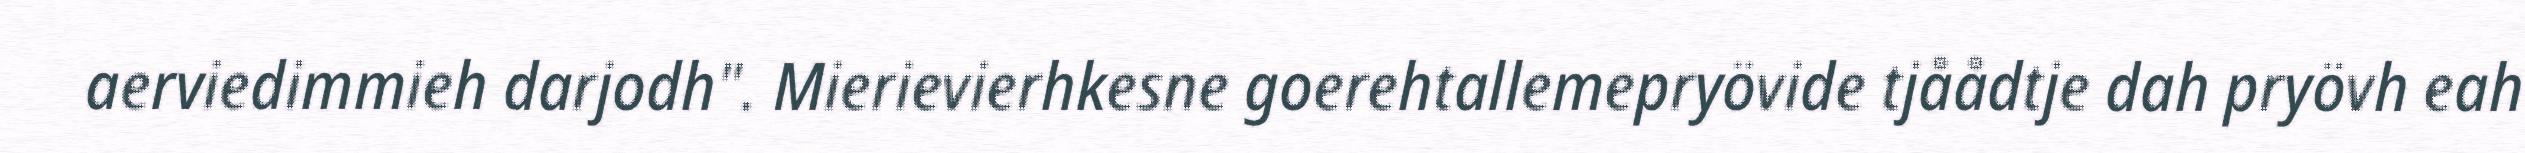
aerviedimmieh darjodh". Mierievierhkesne goerehtallemepryövide tjåådtje dah pryövh eah